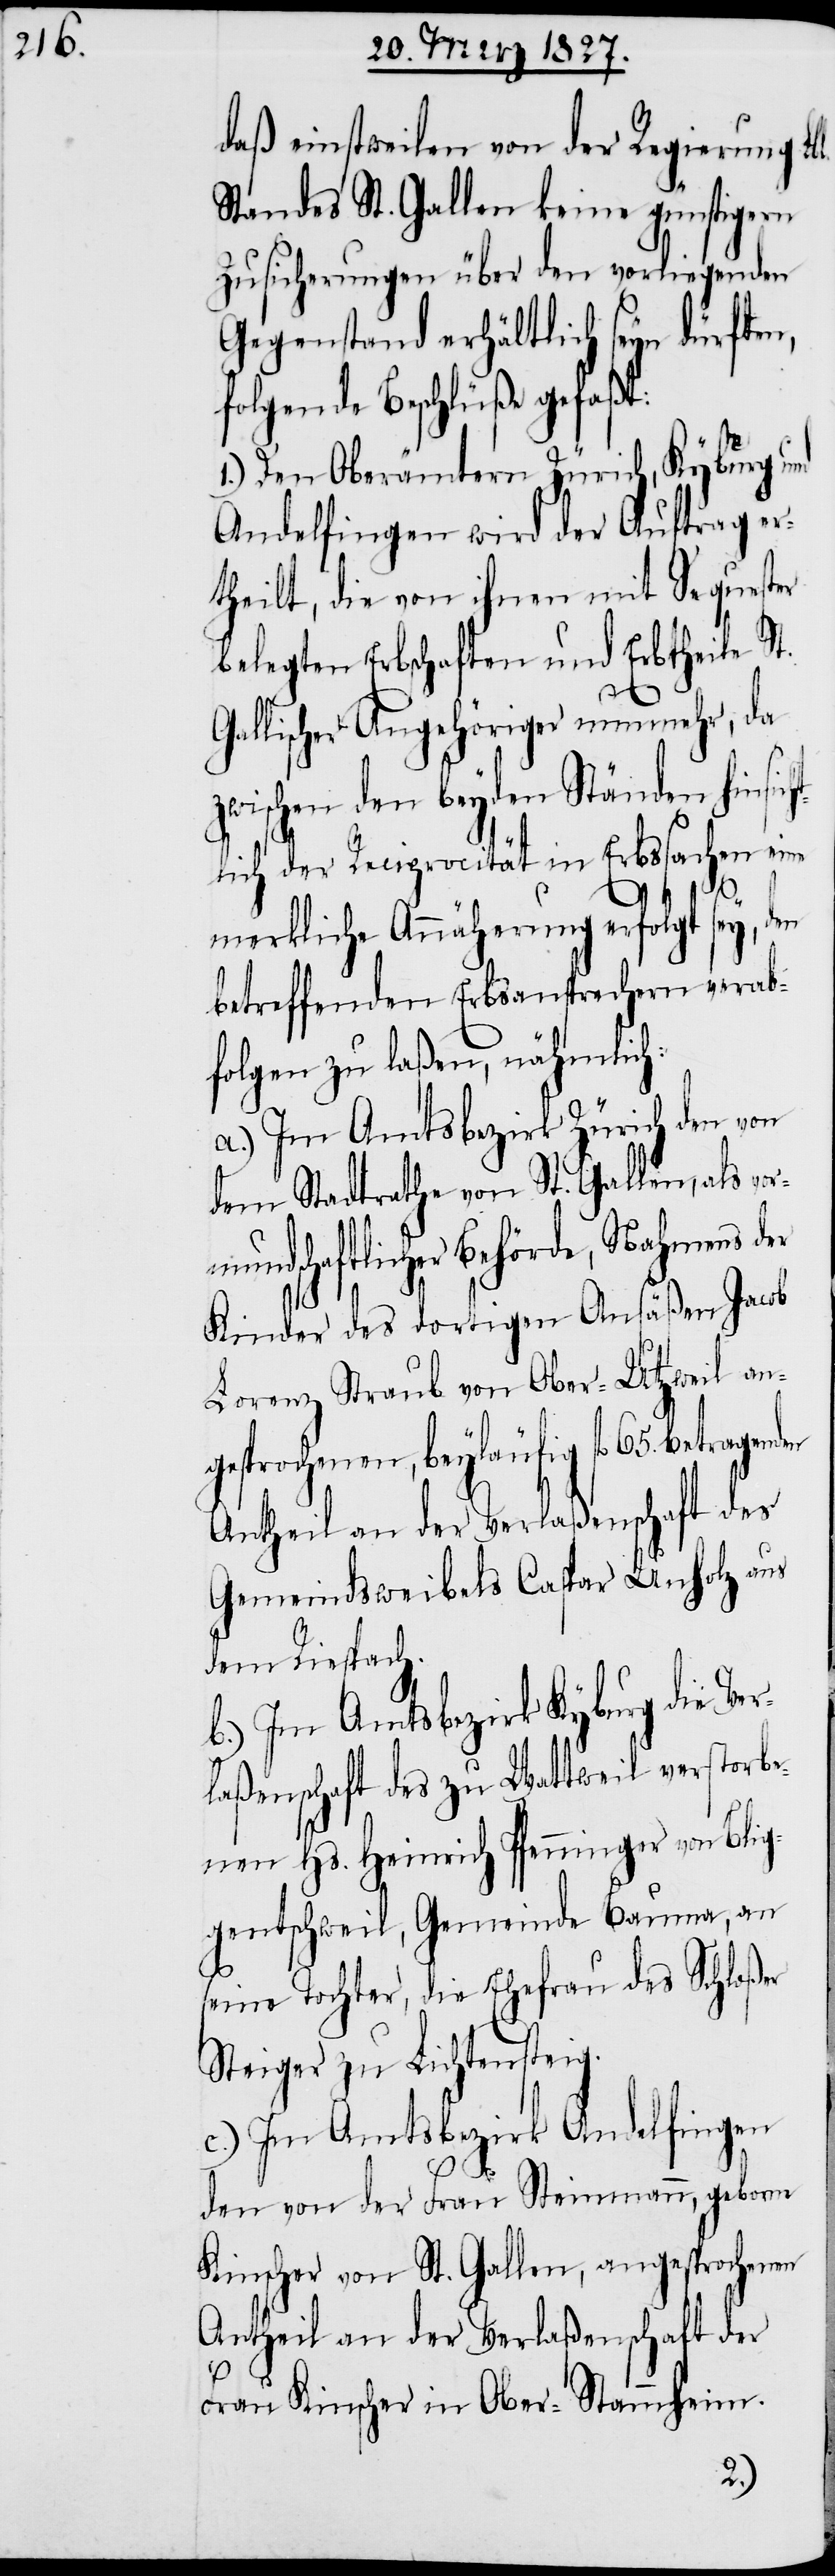
daß einstweilen von der Regierung Lb¬
Standes St. Gallen keine günstigern
Zusicherungen über den vorliegenden
Gegenstand erhältlich seyn dürfte¬
folgende Beschlüße gefaßt:
Den Oberämtern Zürich, Kyburg
Andelfingen wird der Auftrag er¬
theilt, die von ihnen mit Sequester
belegten Erbschaften und Erbtheile
Gallischer Angehöriger nunmehr, da
zwischen den beyden Ständen hinsich¬
tlich der Reciprocität in Erbssachen e¬
merkliche Annäherung erfolgt sey,
betreffenden Erbsansprechern verab¬
folgen zu laßen, nähmlich:
a.) Im Amtsbezirk Zürich den von
dem Stadtrathe von St. Gallen, als v¬
mundschaftliche Behörde, Nahmens der
Kinder des dortigen Ansäßen Jacob
Lorenz Straub von Ober-Utzweil an¬
gesprochenen, beyläufig fl. 65. betrage¬
Antheil an der Verlaßenschaft des
Gemeindsweibels Caspar Unholz aus
dem Riespach.
b.) Im Amtsbezirk Kyburg die Ver¬
laßenschaft des zu Wattweil verstorbe¬
nen Hs. Heinrich Pfenninger von Blig¬
gentschweil, Gemeinde Bauma, an
seine Tochter, die Ehefrau des Schloßer
Steiger zu Lichtensteig.
c.) Im Amtsbezirk Andelfingen
den von der Frau Steinmann, geborne
Kinscher von St. Gallen, angesprochenen
Antheil an der Verlaßenschaft der
Frau Kinscher in Ober-Stammheim.
nden